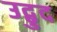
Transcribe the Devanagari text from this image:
उद्बुद